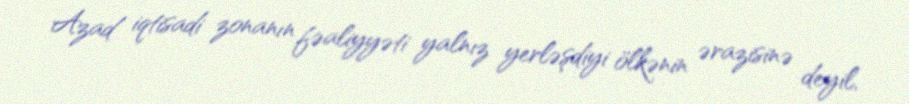
Azad iqtisadi zonanın fəaliyyəti yalnız yerləşdiyi ölkənin ərazisinə deyil,